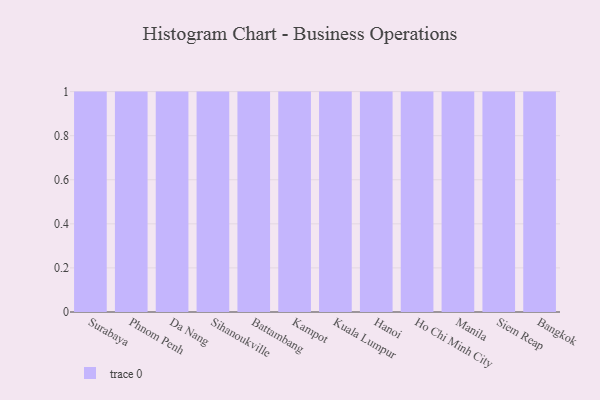
{"axis": {"x": "City", "y": "LTV (USD)"}, "legend": [""], "data": [{"x": "Surabaya", "y": 59, "type": ""}, {"x": "Phnom Penh", "y": 32, "type": ""}, {"x": "Da Nang", "y": 62, "type": ""}, {"x": "Sihanoukville", "y": 21, "type": ""}, {"x": "Battambang", "y": 11, "type": ""}, {"x": "Kampot", "y": 39, "type": ""}, {"x": "Kuala Lumpur", "y": 39, "type": ""}, {"x": "Hanoi", "y": 11, "type": ""}, {"x": "Ho Chi Minh City", "y": 35, "type": ""}, {"x": "Manila", "y": 97, "type": ""}, {"x": "Siem Reap", "y": 80, "type": ""}, {"x": "Bangkok", "y": 43, "type": ""}]}